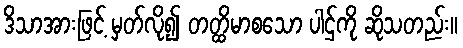
ဒိသာအားဖြင့် မှတ်လို၍ တတ္ထိမာစသော ပါဌ်ကို ဆိုသတည်း။